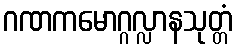
ဂဏကမောဂ္ဂလ္လာနသုတ္တံ